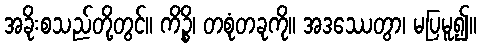
အခိုးစသည်တို့တွင်။ ကိဉ္စိ၊ တစုံတခုကို။ အဒဿေတွာ၊ မပြမူ၍။